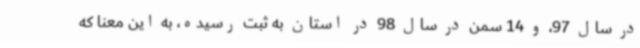
در سال 97، و 14 سمن در سال 98 در استان به ثبت رسیده، به این معنا که